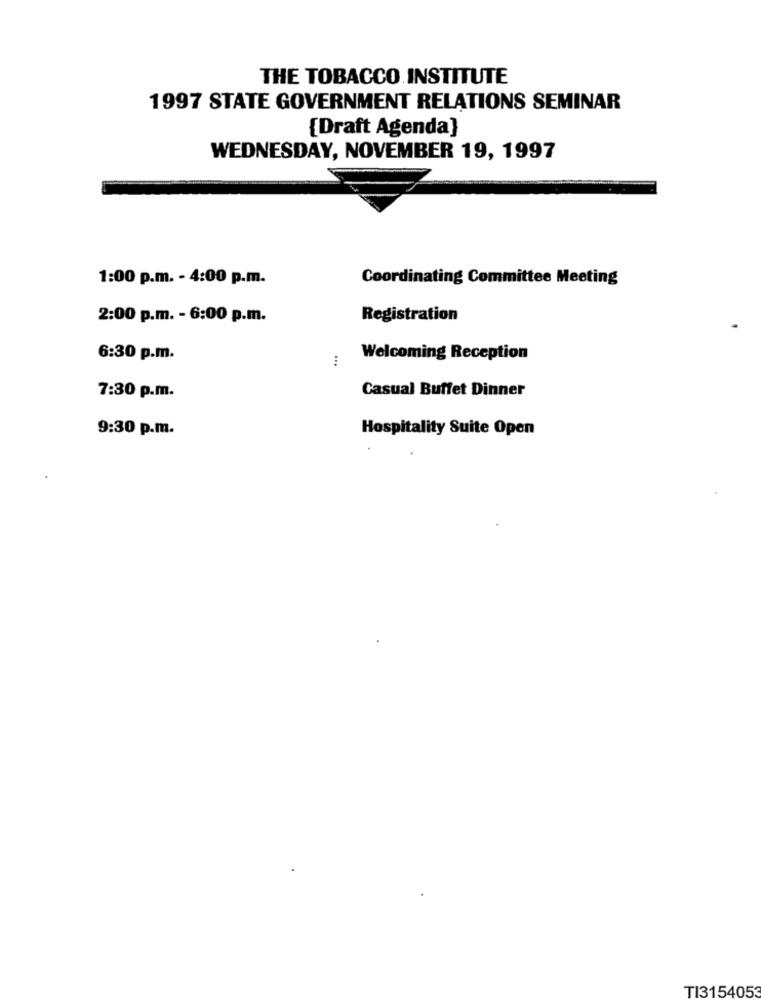
THE TOBACCO INSTITUTE
1997 STATE GOVERNMENT RELATIONS SEMINAR
{Draft Agenda]
WEDNESDAY, NOVEMBER 19, 1997
1:00 p.m. - 4:00 p.m.
Coordinating Committee Meeting
2:00 p.m. - 6:00 p.m.
Registration
6:30 p.m.
...
Welcoming Reception
Casual Buffet Dinner
7:30 p.m.
9:30 p.m.
Hospitality Suite Open
TI3154053